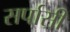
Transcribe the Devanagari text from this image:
सर्पासी